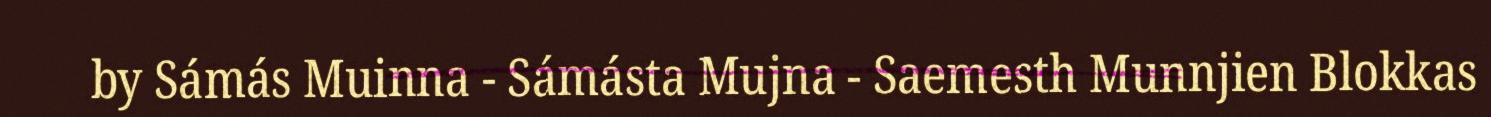
by Sámás Muinna - Sámásta Mujna - Saemesth Munnjien Blokkas